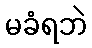
မခံရဘဲ